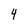
Character: 4